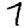
Digit: 7